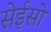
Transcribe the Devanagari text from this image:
सेईसो